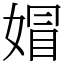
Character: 媢